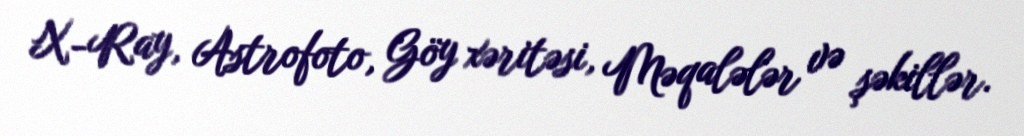
X-Ray, Astrofoto, Göy xəritəsi, Məqalələr və şəkillər.